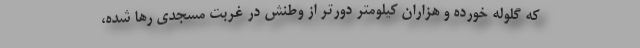
که گلوله خورده و هزاران کیلومتر دورتر از وطنش در غربتِ مسجدی رها شده،